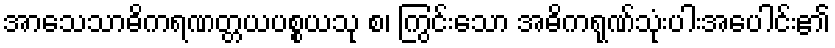
အာသေသာဓိကရဏတ္တယပစ္စယသု စ၊ ကြွင်းသော အဓိကရုဏ်သုံးပါးအပေါင်း၏